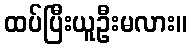
ထပ်ပြီးယူဦးမလား။